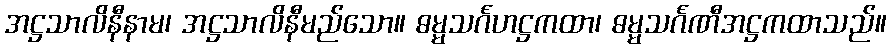
အဋ္ဌသာလိနီနာမ၊ အဋ္ဌသာလိနီမည်သော။ ဓမ္မသင်္ဂဟဋ္ဌကထာ၊ ဓမ္မသင်္ဂဏီအဋ္ဌကထာသည်။